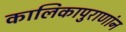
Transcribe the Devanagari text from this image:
कालिकापुराणांन